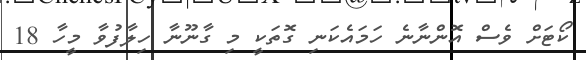
ކޯޓަށް ވެސް އޮންނާނެ ހަމައެކަނި ގޮތަކީ މި ގާނޫނާ ހިލާފުވާ މީހާ 18